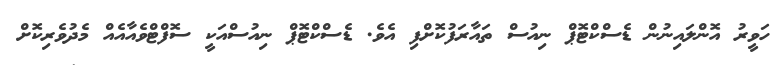
ހަވީރު އޮންލައިނުން ޑެސްކްޓޮޕް ނިއުސް ތައާރަފުކޮށްފި އެވެ. ޑެސްކްޓޮޕް ނިއުސްއަކީ ސޮފްޓްވެއާއެއް މެދުވެރިކޮށް